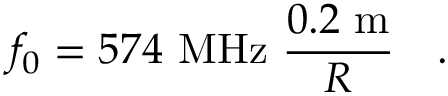
f _ { 0 } = 5 7 4 ~ \mathrm { M H z } ~ { \frac { 0 . 2 ~ \mathrm { m } } { R } } ~ ~ \ .